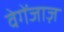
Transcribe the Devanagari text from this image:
वेगेंजाज़